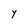
Character: Y